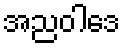
အညဝါဒေ